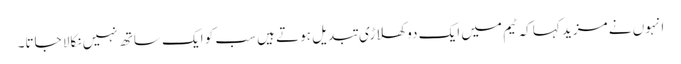
انہوں نے مزید کہا کہ ٹیم میں ایک دو کھلاڑی تبدیل ہوتے ہیں سب کو ایک ساتھ نہیں نکالا جاتا۔